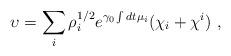
LaTeX: \begin{align*}\upsilon = \sum_i \rho_i^{1/2} e^{ \gamma_0\int dt \mu_i}(\chi_i+\chi^i) \ , \end{align*}